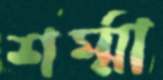
শর্ম্মা